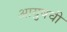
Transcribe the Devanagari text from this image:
आयुषची